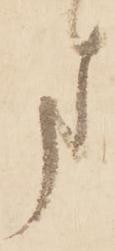
ま